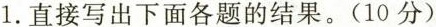
1.直接写出下面各题的结果。(10分)